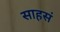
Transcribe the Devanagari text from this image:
साहसं